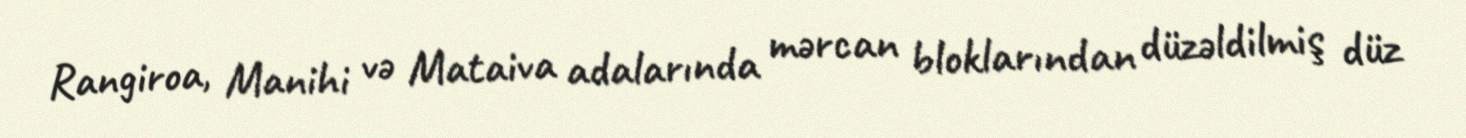
Rangiroa, Manihi və Mataiva adalarında mərcan bloklarından düzəldilmiş düz